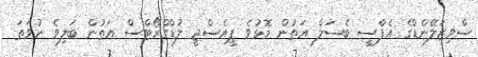
ސްވިޒަލޭންޑްގެ އެފްސީ ބެސަލް އަތުން މޮޅުވެ ޕީއެސްޖީ ލުޑްގްރޯޓްސް އަތުން ބަލިވެ ނުވަތަ